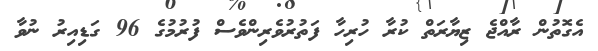
އެގޮތުން ރާއްޖެ ޒިޔާރަތް ކުރާ ހުރިހާ ފަތުރުވެރިންވެސް ފުރުމުގެ 96 ގަޑިއިރު ނުވާ